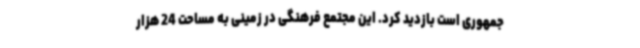
جمهوری است بازدید کرد. این مجتمع فرهنگی در زمینی به مساحت 24 هزار